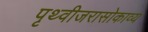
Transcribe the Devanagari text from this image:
पृथ्वीजरासोकाव्य